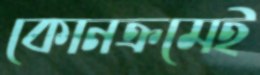
কোনক্রমেই